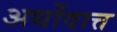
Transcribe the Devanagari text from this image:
अर्धोदात्त